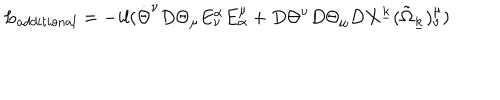
L _ { a d d i t i o n a l } = - i l ( { \dot { \Theta } } ^ { \nu } D \Theta _ { \mu } E _ { \nu } ^ { \alpha } E _ { \alpha } ^ { \mu } + D \Theta ^ { \nu } D \Theta _ { \mu } D X ^ { \underline { { { k } } } } ( { \tilde { \Omega } } _ { \underline { { { k } } } } ) _ { \nu } ^ { \mu } )